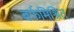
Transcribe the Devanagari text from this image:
बर्फमिश्रित